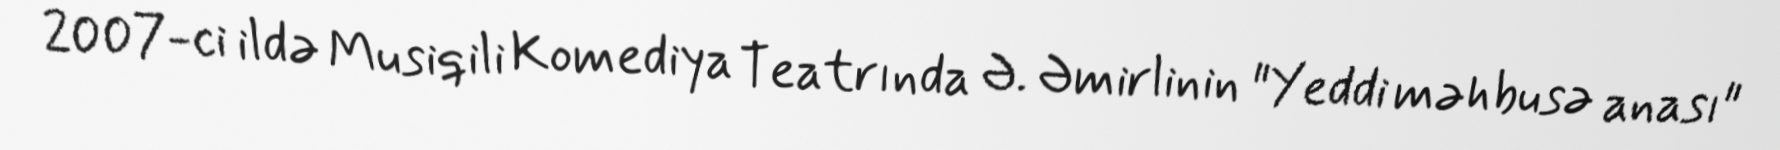
2007-ci ildə Musiqili Komediya Teatrında Ə. Əmirlinin "Yeddi məhbusə anası"